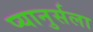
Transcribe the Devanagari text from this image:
प्यानुर्सला